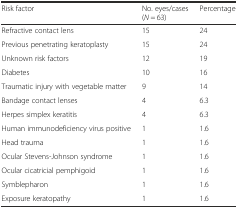
<table><thead><tr><td><b>Risk factor</b></td><td><b>No. eyes/cases (<i>N</i> = 63)</b></td><td><b>Percentage</b></td></tr></thead><tbody><tr><td>Refractive contact lens</td><td>15</td><td>24</td></tr><tr><td>Previous penetrating keratoplasty</td><td>15</td><td>24</td></tr><tr><td>Unknown risk factors</td><td>12</td><td>19</td></tr><tr><td>Diabetes</td><td>10</td><td>16</td></tr><tr><td>Traumatic injury with vegetable matter</td><td>9</td><td>14</td></tr><tr><td>Bandage contact lenses</td><td>4</td><td>6.3</td></tr><tr><td>Herpes simplex keratitis</td><td>4</td><td>6.3</td></tr><tr><td>Human immunodeficiency virus positive</td><td>1</td><td>1.6</td></tr><tr><td>Head trauma</td><td>1</td><td>1.6</td></tr><tr><td>Ocular Stevens-Johnson syndrome</td><td>1</td><td>1.6</td></tr><tr><td>Ocular cicatricial pemphigoid</td><td>1</td><td>1.6</td></tr><tr><td>Symblepharon</td><td>1</td><td>1.6</td></tr><tr><td>Exposure keratopathy</td><td>1</td><td>1.6</td></tr></tbody></table>